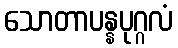
သောတာပန္နပုဂ္ဂလံ